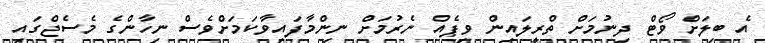
އެ ބިލަށް ވޯޓް ދިނުމަށް ތްރީލައިން ވިޕެއް ނެރުމަށް ނިންމާފައިވާކަމަށްވެސް ނިހާންގެ މެެސެޖްގައި